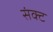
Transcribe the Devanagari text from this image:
संक्ट